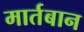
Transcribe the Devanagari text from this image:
मार्तबान